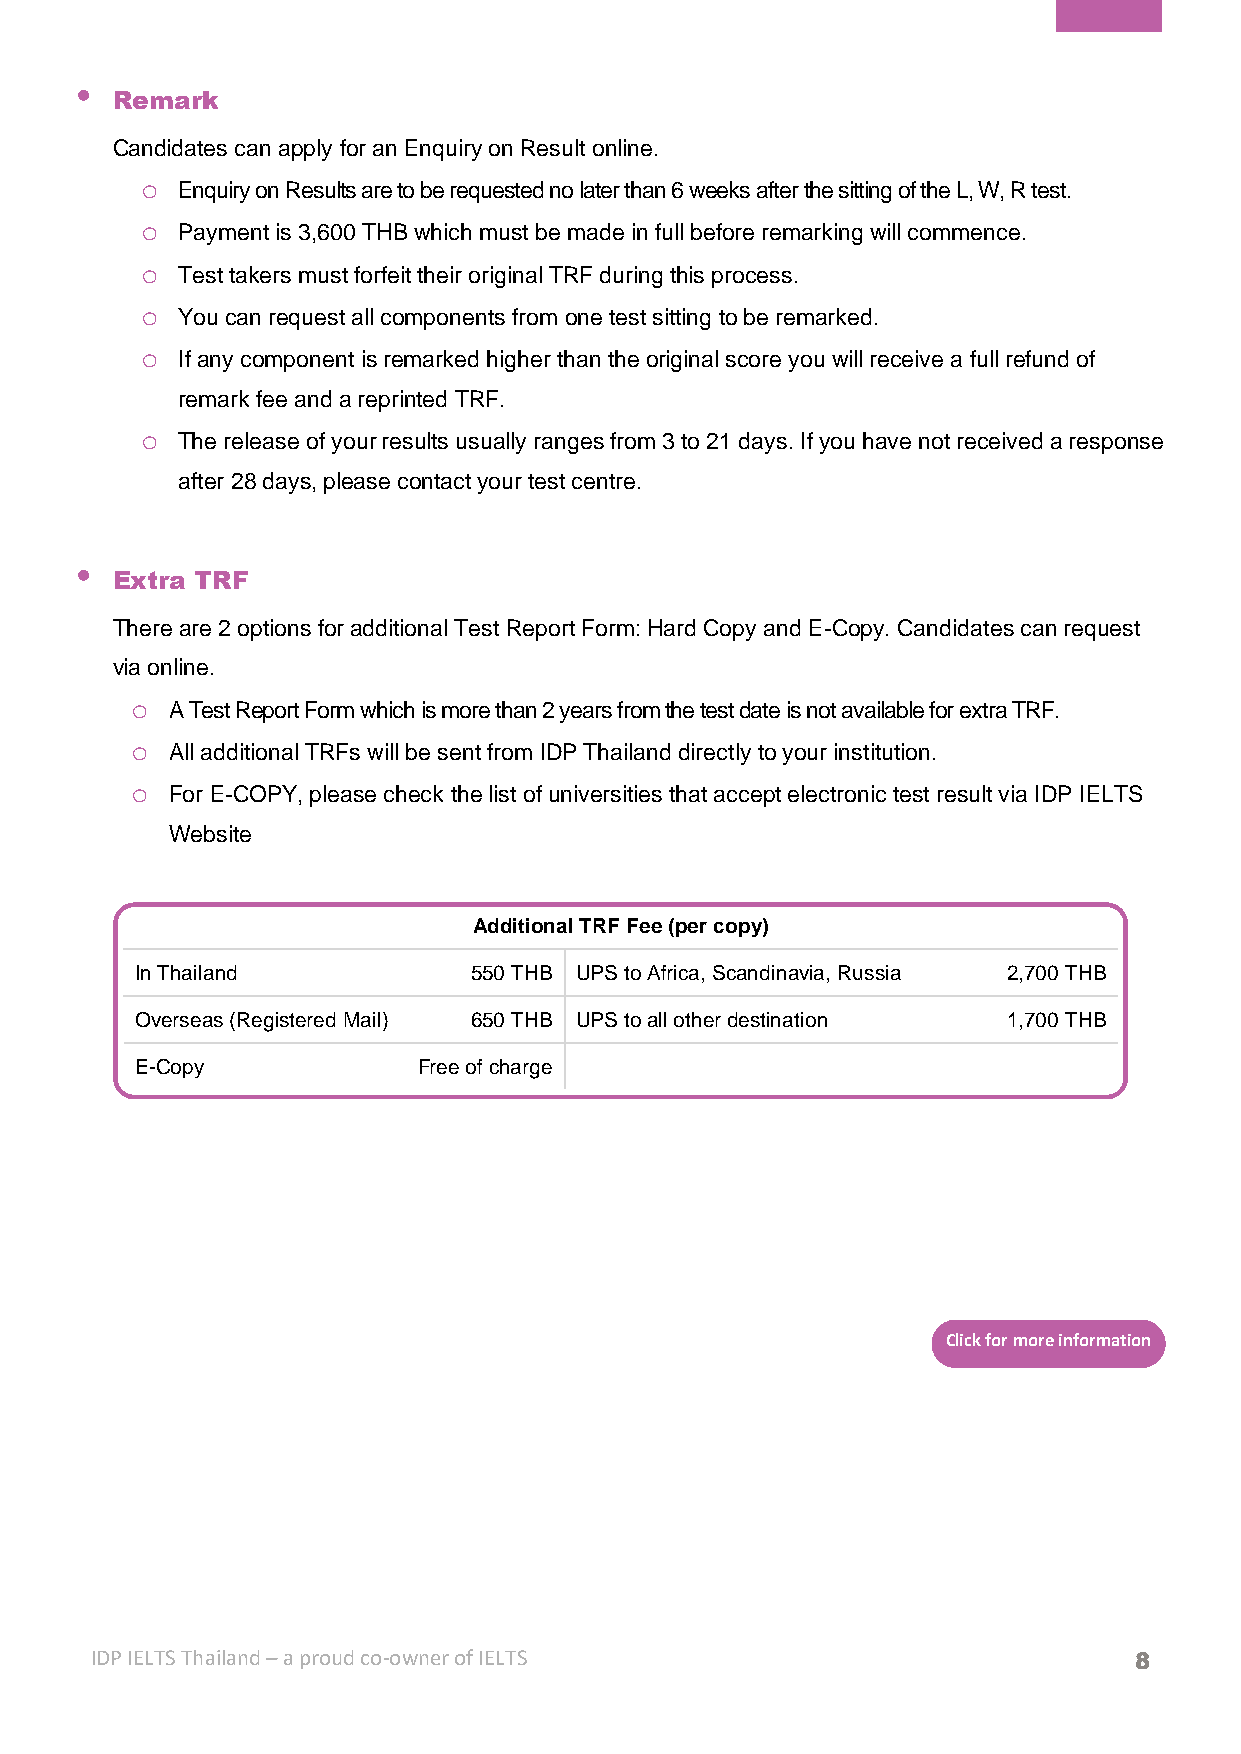

 Remark
 Candidates can apply for an Enquiry on Result online.
 o  Enquiry on Results are to be requested no later than 6 weeks after the sitting of the L, W, R test.
 o  Payment is 3,600 THB which must be made in full before remarking will commence.
 o  Test takers must forfeit their original TRF during this process.
 o  You can request all components from one test sitting to be remarked.
 o  If any component is remarked higher than the original score you will receive a full refund of
 remark fee and a reprinted TRF.
 o  The release of your results usually ranges from 3 to 21 days. If you have not received a response
 after 28 days, please contact your test centre.
 
 Extra TRF
 There are 2 options for additional Test Report Form: Hard Copy and E-Copy. Candidates can request
 via online.
 o A Test Report Form which is more than 2 years from the test date is not available for extra TRF.
 o All additional TRFs will be sent from IDP Thailand directly to your institution.
 o For E-COPY, please check the list of universities that accept electronic test result via IDP IELTS
 Website
 Additional TRF Fee (per copy)
 In Thailand           550 THB UPS to Africa, Scandinavia, Russia 2,700 THB
 Overseas (Registered Mail) 650 THB UPS to all other destination 1,700 THB
 E-Copy             Free of charge
 Click for more information
 IDP IELTS Thailand – a proud co-owner of IELTS                       8